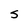
Character: s